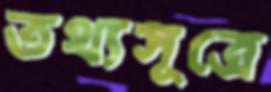
তথ্যসূত্রে